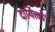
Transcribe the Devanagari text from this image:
दायित्त्वों